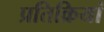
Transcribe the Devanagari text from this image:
प्रतिक्रियां